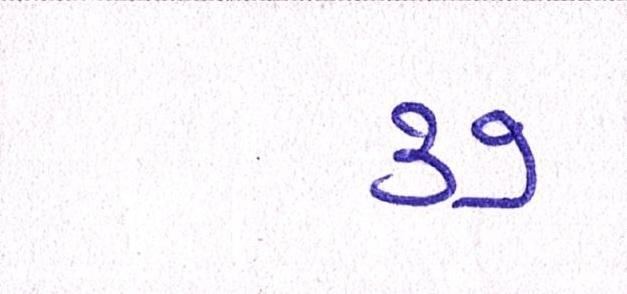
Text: ૩૭